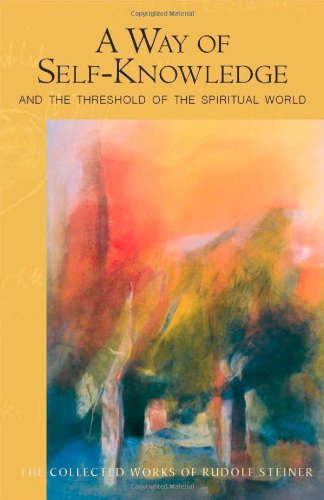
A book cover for A Way of Self-Knowledge: And the Threshold of the Spiritual World; Rudolf Steiner; Religion & Spirituality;